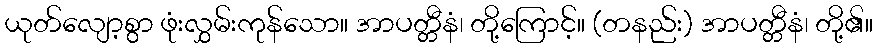
ယုတ်လျော့စွာ ဖုံးလွှမ်းကုန်သော။ အာပတ္တီနံ၊ တို့ကြောင့်။ (တနည်း) အာပတ္တီနံ၊ တို့၏။